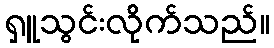
ရှူသွင်းလိုက်သည်။